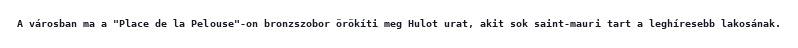
A városban ma a "Place de la Pelouse"-on bronzszobor örökíti meg Hulot urat, akit sok saint-mauri tart a leghíresebb lakosának.